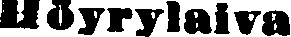
Höyrylaiva